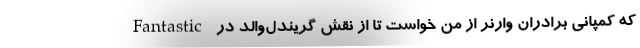
که کمپانی برادران وارنر از من خواست تا از نقش گریندل‌والد در Fantastic